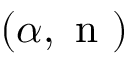
( \alpha , \mathrm { ~ n ~ } )